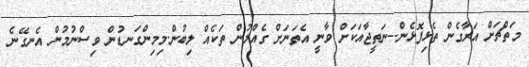
މަތްޗަށް އަރާގެން ތެޅިފޮޅެން--ނަތީޖާއަކަށް ވާނީ އެތަނަށް ގެއްލުން ތަކެއް ލިބުން.މިމިންގަނޑުން ވިސްނުމުން އެނގޭނެ